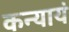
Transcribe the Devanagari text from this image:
कन्यायं